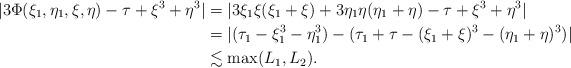
LaTeX: \begin{align*} |3 \Phi(\xi_1,\eta_1,\xi,\eta) -\tau + \xi^3 +\eta^3| & =|3 \xi_1 \xi (\xi_1+\xi) + 3 \eta_1 \eta (\eta_1+\eta)-\tau + \xi^3 +\eta^3|\\& = | (\tau_1 - \xi_1^3 -\eta_1^3) - (\tau_1+\tau - (\xi_1+ \xi)^3 - (\eta_1 + \eta)^3)|\\& \lesssim \max(L_1, L_2).\end{align*}